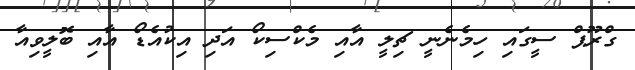
ގްރޫޕް ސީގައި ހިމެނެނީ ޗިލީ އާއި މެކްސިކޯ އަދި އިކުއެޑޯ އާއި ބޮލީވިއާ